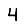
Digit: 4